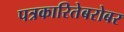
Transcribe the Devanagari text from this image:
पत्रकारितेबरोबर